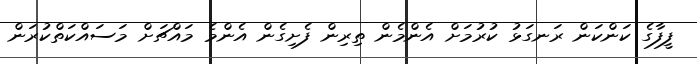
ފީފާގެ ކަންކަން ރަނގަޅު ކުރުމަށް އެންމެން ތިރިން ފެށިގެން އެންމެ މައްޗަށް މަސައްކަތްކުރަން